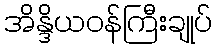
အိန္ဒိယဝန်ကြီးချုပ်